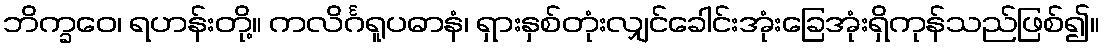
ဘိက္ခဝေ၊ ရဟန်းတို့။ ကလိင်္ဂရူပဓာနံ၊ ရှားနှစ်တုံးလျှင်ခေါင်းအုံးခြေအုံးရှိကုန်သည်ဖြစ်၍။